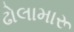
ઢોલામારૂ